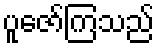
ပူဇော်ကြသည်